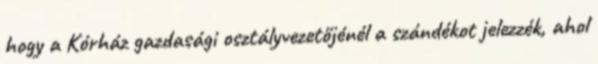
hogy a Kórház gazdasági osztályvezetőjénél a szándékot jelezzék, ahol